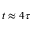
t \approx 4 \tau